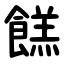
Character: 餻